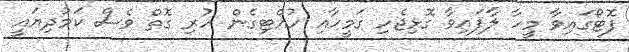
ފޮޓޯގައިވާ މީހާ ލާފައިވާ ގޮޅިޖެހި ގަމީހާއި ހުއްޓިގެން ހުރި ގޮތް ވެސް ކަމުދިޔައީ